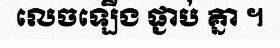
លេចឡើង ផ្ជាប់ គ្នា ។